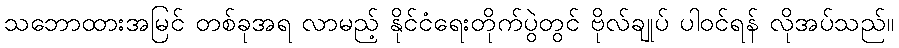
သဘောထားအမြင် တစ်ခုအရ လာမည့် နိုင်ငံရေးတိုက်ပွဲတွင် ဗိုလ်ချုပ် ပါဝင်ရန် လိုအပ်သည်။